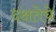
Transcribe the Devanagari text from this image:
दक्षतेचे